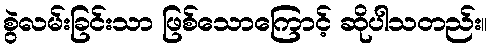
စွဲလမ်းခြင်းသာ ဖြစ်သောကြောင့် ဆိုပါသတည်း။